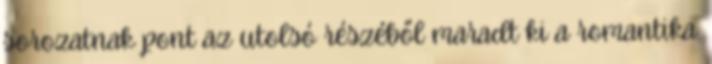
sorozatnak pont az utolsó részéből maradt ki a romantika.